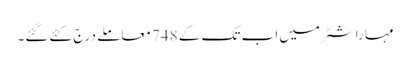
مہاراشٹر میں اب تک کے 748 معاملے درج کئےگئے۔